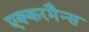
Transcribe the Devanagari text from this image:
एक्करमैन्स